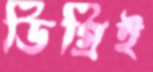
ডিগ্রিই